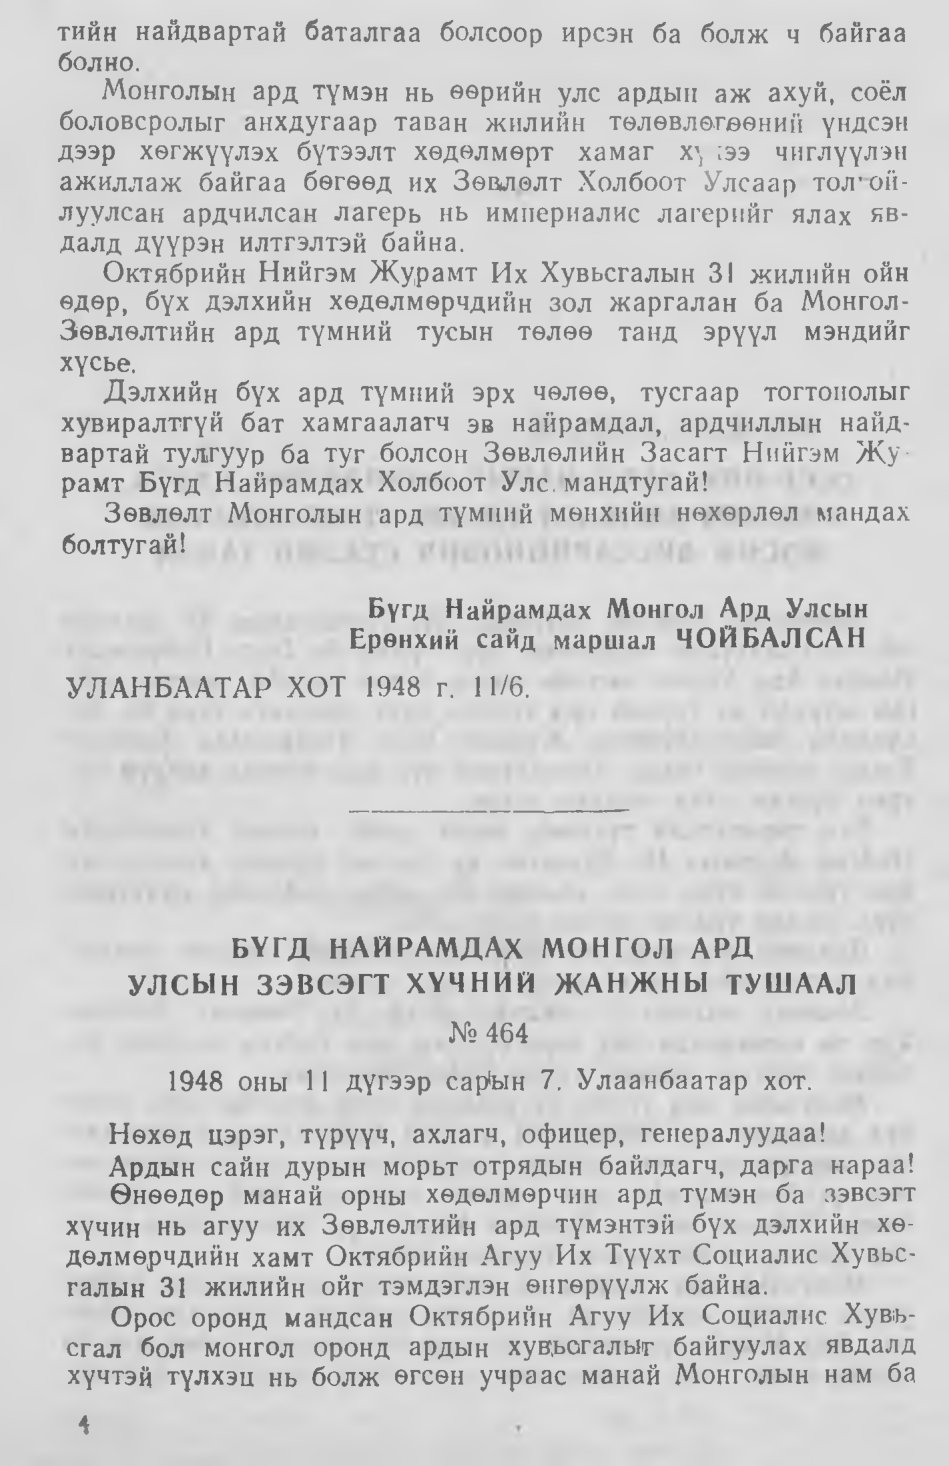
Language: mn